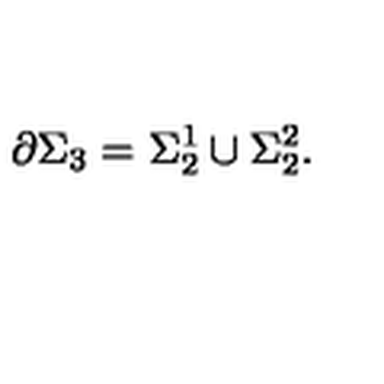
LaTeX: \partial \Sigma _ { 3 } = \Sigma _ { 2 } ^ { 1 } \cup \Sigma _ { 2 } ^ { 2 } .